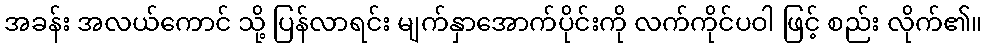
အခန်း အလယ်ကောင် သို့ ပြန်လာရင်း မျက်နှာအောက်ပိုင်းကို လက်ကိုင်ပဝါ ဖြင့် စည်း လိုက်၏။